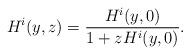
LaTeX: \begin{align*}H^i(y,z)=\frac{H^i(y,0)}{1+zH^i(y,0)}.\end{align*}